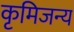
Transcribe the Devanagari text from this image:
कृमिजन्य